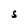
Character: S